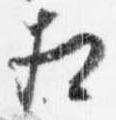
相